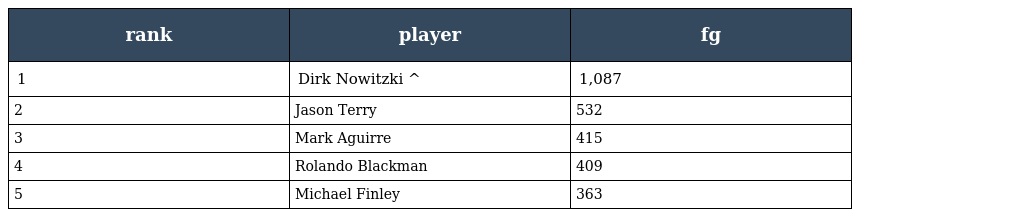
| rank | player | fg |
 | --- | --- | --- |
 | 1 | Dirk Nowitzki ^ | 1,087 |
 | 2 | Jason Terry | 532 |
 | 3 | Mark Aguirre | 415 |
 | 4 | Rolando Blackman | 409 |
 | 5 | Michael Finley | 363 |